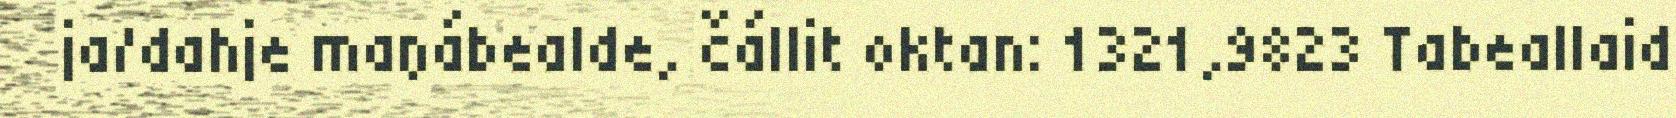
ja/dahje maŋábealde, čállit oktan: 1321,9823 Tabeallaid